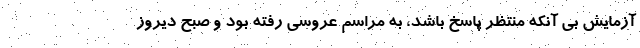
آزمایش بی آنکه منتظر پاسخ باشد، به مراسم عروسی رفته بود و صبح دیروز